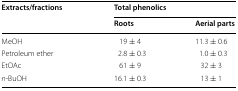
<table><thead><tr><td rowspan="2"><b>Extracts/fractions</b></td><td colspan="2"><b>Total phenolics</b></td></tr><tr><td><b>Roots</b></td><td><b>Aerial parts</b></td></tr></thead><tbody><tr><td>MeOH</td><td>19 ± 4</td><td>11.3 ± 0.6</td></tr><tr><td>Petroleum ether</td><td>2.8 ± 0.3</td><td>1.0 ± 0.3</td></tr><tr><td>EtOAc</td><td>61 ± 9</td><td>32 ± 3</td></tr><tr><td><i>n</i>-BuOH</td><td>16.1 ± 0.3</td><td>13 ± 1</td></tr></tbody></table>